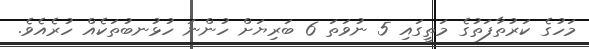
މަހުގެ ކަރުތާފަތުގެ މަތީގައި 5 ނުވަތަ 6 ބަރިޔަށް ހުންނަ ހުޅުނބުތަކެއް ހުރެއެވެ.